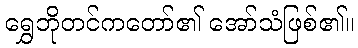
ရွှေဘိုတင်ကတော်၏ အော်သံဖြစ်၏။